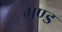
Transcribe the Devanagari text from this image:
मण्ड